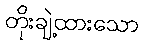
တိုးချဲ့ထားသော